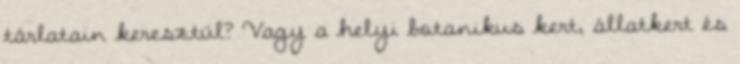
tárlatain keresztül? Vagy a helyi botanikus kert, állatkert és